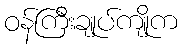
ဝန်ကြီးချုပ်ကျိုက